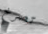
تصرخ